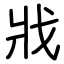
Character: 戕